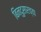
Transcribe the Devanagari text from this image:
बिन्दुसारच्या